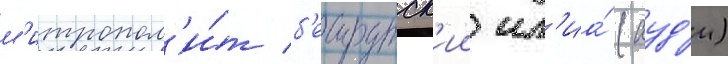
м'итропол'и́т б'еирутск'ии ил'иа́ (ауд'и)